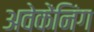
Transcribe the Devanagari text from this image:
अवेकेंनिंग